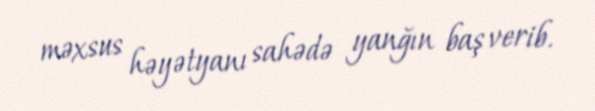
məxsus həyətyanı sahədə yanğın baş verib.